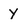
Character: y